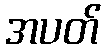
အပတ်